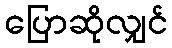
ပြောဆိုလျှင်